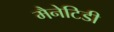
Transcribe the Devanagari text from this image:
मैनेटिडी